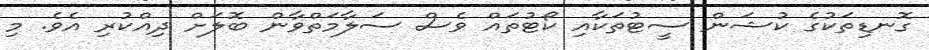
ގޮނޑިތަކުގެ ކުޝަން ސީޓުތަކާއި ކޯޓުތައް ވެސް ސަލާމަތްވާން ބޮލަށް ދިއްކުރި އެވެ. މި